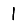
Digit: 1